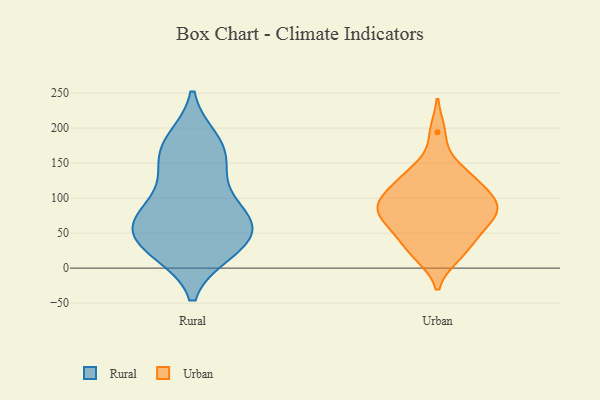
{"axis": {"x": "LTV (USD)", "y": "Value"}, "legend": ["Rural", "Urban"], "data": [{"x": "", "y": 56, "type": "Rural"}, {"x": "", "y": 168, "type": "Rural"}, {"x": "", "y": 32, "type": "Rural"}, {"x": "", "y": 180, "type": "Rural"}, {"x": "", "y": 63, "type": "Rural"}, {"x": "", "y": 74, "type": "Rural"}, {"x": "", "y": 25, "type": "Rural"}, {"x": "", "y": 74, "type": "Rural"}, {"x": "", "y": 149, "type": "Rural"}, {"x": "", "y": 61, "type": "Rural"}, {"x": "", "y": 109, "type": "Rural"}, {"x": "", "y": 28, "type": "Rural"}, {"x": "", "y": 183, "type": "Rural"}, {"x": "", "y": 23, "type": "Rural"}, {"x": "", "y": 138, "type": "Rural"}, {"x": "", "y": 73, "type": "Rural"}, {"x": "", "y": 18, "type": "Urban"}, {"x": "", "y": 78, "type": "Urban"}, {"x": "", "y": 142, "type": "Urban"}, {"x": "", "y": 45, "type": "Urban"}, {"x": "", "y": 36, "type": "Urban"}, {"x": "", "y": 17, "type": "Urban"}, {"x": "", "y": 56, "type": "Urban"}, {"x": "", "y": 102, "type": "Urban"}, {"x": "", "y": 194, "type": "Urban"}, {"x": "", "y": 80, "type": "Urban"}, {"x": "", "y": 110, "type": "Urban"}, {"x": "", "y": 131, "type": "Urban"}, {"x": "", "y": 104, "type": "Urban"}, {"x": "", "y": 93, "type": "Urban"}, {"x": "", "y": 78, "type": "Urban"}, {"x": "", "y": 66, "type": "Urban"}, {"x": "", "y": 86, "type": "Urban"}, {"x": "", "y": 133, "type": "Urban"}]}